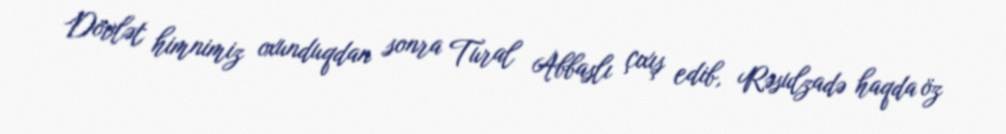
Dövlət himnimiz oxunduqdan sonra Tural Abbaslı çıxış edib, Rəsulzadə haqda öz